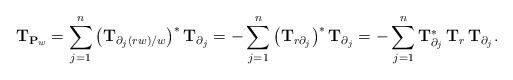
LaTeX: \begin{align*} \mathbf T_{\mathbf{P}_w} = \sum_{j=1}^n \big(\mathbf T_{\partial_j(rw)/w} \big)^*\, \mathbf T_{\partial_j} = - \sum_{j=1}^n \big( \mathbf T_{r\partial_j} \big)^* \, \mathbf T_{\partial_j} = -\sum_{j=1}^n \mathbf T_{\partial_j}^* \, \mathbf T_{r} \, \mathbf T_{\partial_j}. \end{align*}